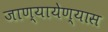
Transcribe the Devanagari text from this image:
जाण्यायेण्यास